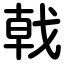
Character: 戟